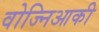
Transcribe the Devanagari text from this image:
वोज्निआकी